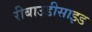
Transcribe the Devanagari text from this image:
रीबाउडीसाइड